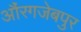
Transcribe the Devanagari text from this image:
औंरगजेबपुर